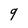
Character: 9